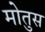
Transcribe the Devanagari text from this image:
मोतुस